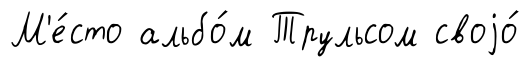
М'е́сто альбо́м Трульсом своjо́